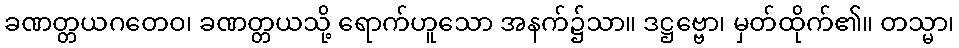
ခဏတ္တယဂတေဝ၊ ခဏတ္တယသို့ ရောက်ဟူသော အနက်၌သာ။ ဒဋ္ဌဗ္ဗော၊ မှတ်ထိုက်၏။ တသ္မာ၊